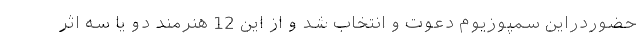
حضوردراین سمپوزیوم دعوت و انتخاب شد و از این 12 هنرمند دو یا سه اثر